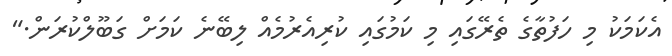
އެކަމަކު މި ހަފުތާގެ ތެރޭގައި މި ކަމުގައި ކުރިއެރުމެއް ލިބޭނެ ކަމަށް ގަބޫލްކުރަން."